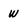
Character: w